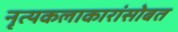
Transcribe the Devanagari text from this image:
नृत्यकलाकारांसोबत